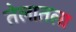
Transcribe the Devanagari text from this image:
तेलातला